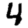
Digit: 4